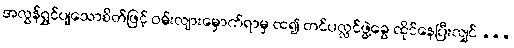
အလွန်ရွှင်ပျသောစိတ်ဖြင့် ဝမ်းလျားမှောက်ရာမှ ထ၍ တင်ပလ္လင်ဖွဲ့ခွေ ထိုင်နေပြီးလျှင် ...